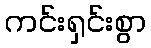
ကင်းရှင်းစွာ